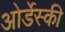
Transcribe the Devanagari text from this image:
ओर्डेस्की